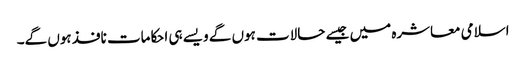
اسلامی معاشرہ میں جیسے حالات ہوں گے ویسے ہی احکامات نافذ ہوں گے۔